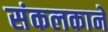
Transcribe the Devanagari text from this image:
संकलकाने